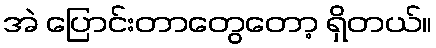
အဲ ပြောင်းတာတွေတော့ ရှိတယ်။